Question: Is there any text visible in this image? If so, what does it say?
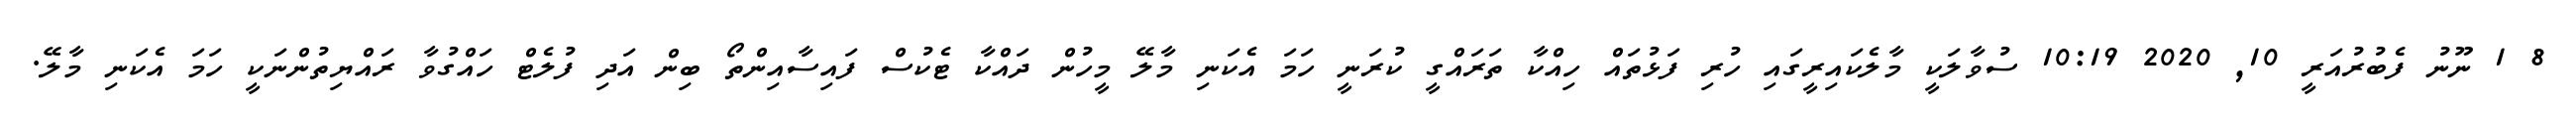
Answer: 8 1 ނޫނު ފެބުރުއަރީ 10, 2020 10:19 ސުވާލަކީ މާލެކައިރީގައި ހުރި ފަޅުތައް ހިއްކާ ތަރައްގީ ކުރަނީ ހަމަ އެކަނި މާލޭ މީހުން ދައްކާ ޓެކުސް ފައިސާއިންތޯ ބިން އަދި ފުލެޓް ހައްގުވާ ރައްޔިތުންނަކީ ހަމަ އެކަނި މާލޭ.